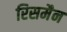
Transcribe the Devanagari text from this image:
रिसमैन